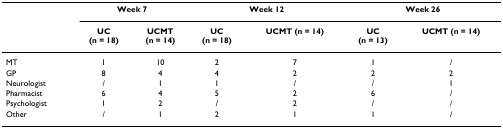
<table><thead><tr><td></td><td colspan="2"><b>Week 7</b></td><td colspan="2"><b>Week 12</b></td><td colspan="2"><b>Week 26</b></td></tr><tr><td></td><td><b>UC(n = 18)</b></td><td><b>UCMT(n = 14)</b></td><td><b>UC(n = 18)</b></td><td><b>UCMT (n = 14)</b></td><td><b>UC(n = 13)</b></td><td><b>UCMT (n = 14)</b></td></tr></thead><tbody><tr><td>MT</td><td>1</td><td>10</td><td>2</td><td>7</td><td>1</td><td>/</td></tr><tr><td>GP</td><td>8</td><td>4</td><td>4</td><td>2</td><td>2</td><td>2</td></tr><tr><td>Neurologist</td><td>/</td><td>1</td><td>1</td><td>/</td><td>/</td><td>1</td></tr><tr><td>Pharmacist</td><td>6</td><td>4</td><td>5</td><td>2</td><td>6</td><td>/</td></tr><tr><td>Psychologist</td><td>1</td><td>2</td><td>/</td><td>2</td><td>/</td><td>/</td></tr><tr><td>Other</td><td>/</td><td>1</td><td>2</td><td>1</td><td>1</td><td>/</td></tr></tbody></table>